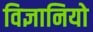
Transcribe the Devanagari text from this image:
विज्ञानियो